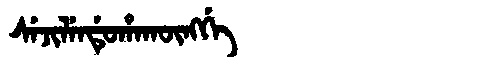
Manchu: ᠰᡝᠵᡳᠯᡝᠨᡩᡠᡥᠠᡴᡡᠩᡤᡝ
Romanization: SEJILENDUHAKŪNGGE